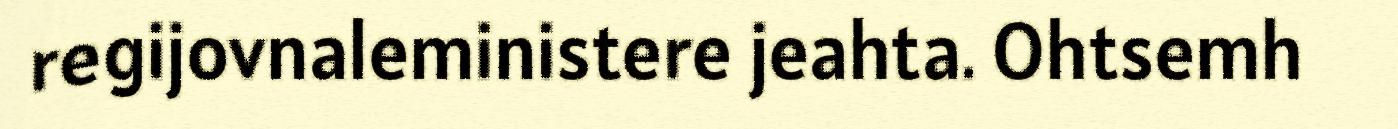
regijovnaleministere jeahta. Ohtsemh